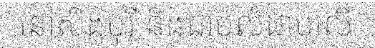
នៅសិង្ហបុរី និងជាប់លំដាប់លើ